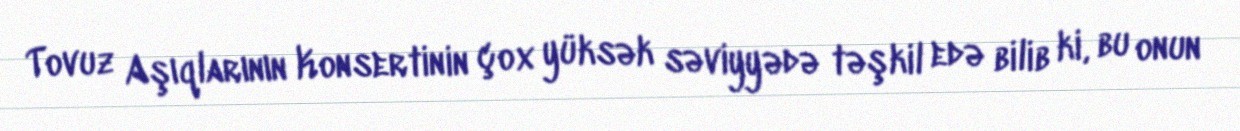
Tovuz Aşıqlarının Konsertinin çox yüksək səviyyədə təşkil edə bilib ki, bu onun